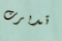
تدبرت